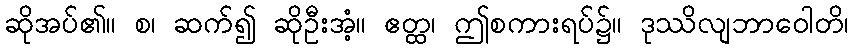
ဆိုအပ်၏။ စ၊ ဆက်၍ ဆိုဦးအံ့။ ဧတ္ထ၊ ဤစကားရပ်၌။ ဒုဿိလျဘာဝေါတိ၊